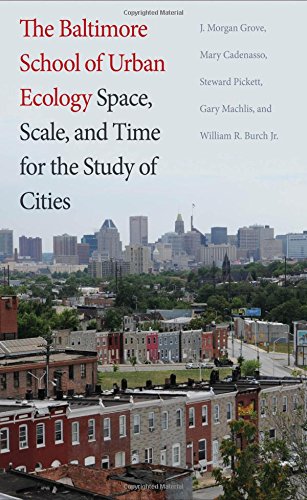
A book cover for The Baltimore School of Urban Ecology: Space, Scale, and Time for the Study of Cities; J. Morgan Grove; Arts & Photography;